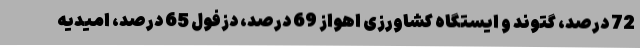
72 درصد، گتوند و ایستگاه کشاورزی اهواز 69 درصد، دزفول 65 درصد، امیدیه